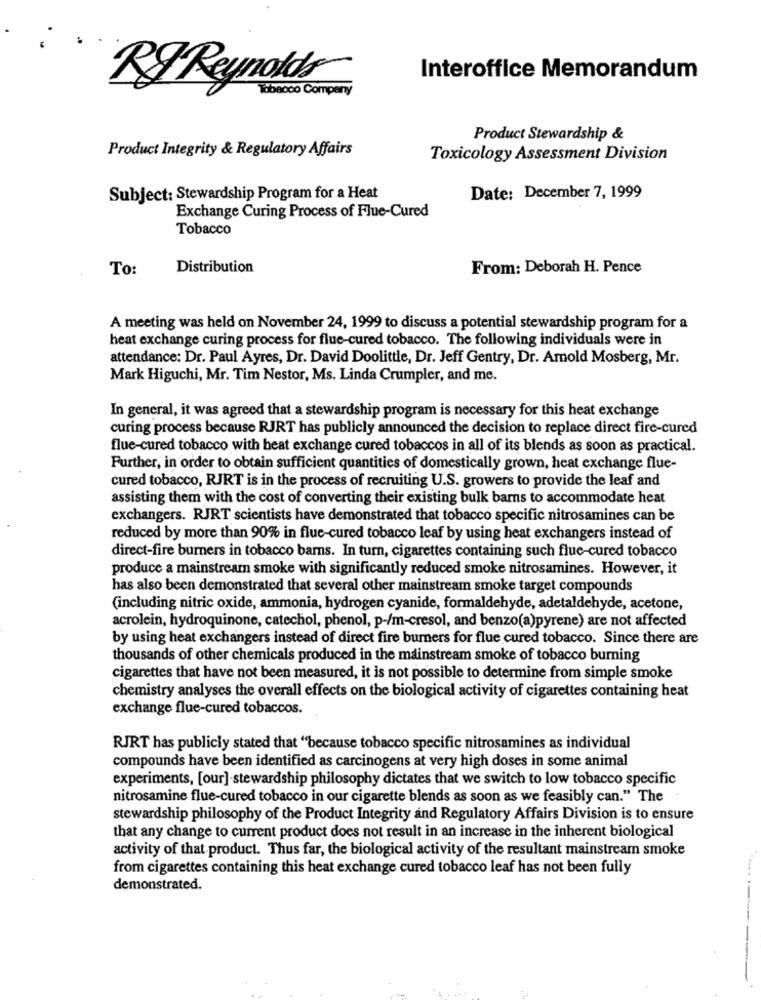
Interoffice Memorandum
RJ Reynolds
Tobacco Compeny
Product Stewardship &
Product Integrity & Regulatory Affairs
Toxicology Assessment Division
Subject: Stewardship Program for a Heat
Date: December 7, 1999
Exchange Curing Process of Flue-Cured
Tobacco
To:
Distribution
From: Deborah H. Pence
A meeting was held on November 24, 1999 to discuss a potential stewardship program for a
heat exchange curing process for flue-cured tobacco. The following individuals were in
attendance: Dr. Paul Ayres, Dr. David Doolittle, Dr. Jeff Gentry, Dr. Amold Mosberg, Mr.
Mark Higuchi, Mr. Tim Nestor, Ms. Linda Crumpler, and me.
In general, it was agreed that a stewardship program is necessary for this heat exchange
curing process because RJRT has publicly announced the decision to replace direct fire-cured
flue-cured tobacco with heat exchange cured tobaccos in all of its blends as soon as practical.
Further, in order to obtain sufficient quantities of domestically grown, heat exchange flue-
cured tobacco, RJRT is in the process of recruiting U.S. growers to provide the leaf and
assisting them with the cost of converting their existing bulk barns to accommodate heat
exchangers. RJRT scientists have demonstrated that tobacco specific nitrosamines can be
reduced by more than 90% in flue-cured tobacco leaf by using heat exchangers instead of
direct-fire burners in tobacco bars. In turn, cigarettes containing such flue-cured tobacco
produce a mainstream smoke with significantly reduced smoke nitrosamines. However, it
has also been demonstrated that several other mainstream smoke target compounds
(including nitric oxide, ammonia, hydrogen cyanide, formaldehyde, adetaldehyde, acetone,
acrolein, hydroquinone, catechol, phenol, p-/m-cresol, and benzo(a)pyrene) are not affected
by using heat exchangers instead of direct fire burners for flue cured tobacco. Since there are
thousands of other chemicals produced in the mainstream smoke of tobacco burning
cigarettes that have not been measured, it is not possible to determine from simple smoke
chemistry analyses the overall effects on the biological activity of cigarettes containing heat
exchange flue-cured tobaccos.
RJRT has publicly stated that "because tobacco specific nitrosamines as individual
compounds have been identified as carcinogens at very high doses in some animal
experiments, [our] stewardship philosophy dictates that we switch to low tobacco specific
nitrosamine flue-cured tobacco in our cigarette blends as soon as we feasibly can." The
stewardship philosophy of the Product Integrity and Regulatory Affairs Division is to ensure
that any change to current product does not result in an increase in the inherent biological
activity of that product. Thus far, the biological activity of the resultant mainstream smoke
from cigarettes containing this heat exchange cured tobacco leaf has not been fully
demonstrated.